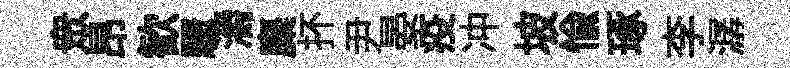
衆昂歓驟灂麋抔尹晏疫冲坡愉琢李潺